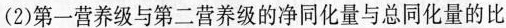
(2)第一营养级与第二营养级的净同化量与总同化量的比